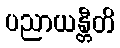
ပညာယန္တီတိ